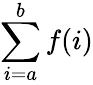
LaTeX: \sum_{i=a}^{b}f(i)